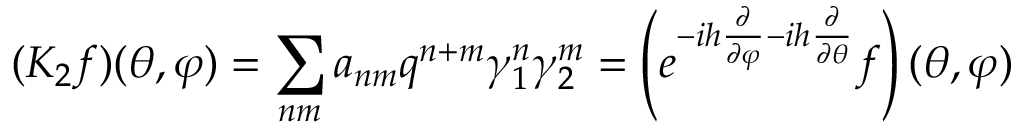
( K _ { 2 } f ) ( \theta , \varphi ) = \sum _ { n m } a _ { n m } q ^ { n + m } \gamma _ { 1 } ^ { n } \gamma _ { 2 } ^ { m } = \left( e ^ { - i h \frac { \partial } { \partial \varphi } - i h \frac { \partial } { \partial \theta } } f \right) ( \theta , \varphi )